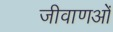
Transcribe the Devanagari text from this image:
जीवाणओं